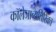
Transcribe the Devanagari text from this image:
कॉलेजाव्यतिरिक्त